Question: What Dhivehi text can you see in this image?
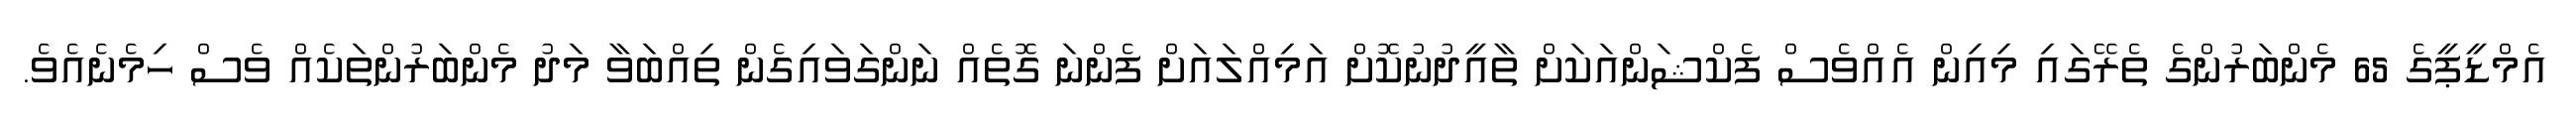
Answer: އެމްޑީޕީގެ 65 މެންބަރުންގެ ތެރޭގައި މިއިން އެއްވެސް ފެކްޝަންއަކަށް ތާއީދުނުކޮށް އަމިއްލައަށް ފެންނަ ގޮތެއް ނަންގަވައިގެން ތިއްބަވާ މަދު މެންބަރުންތަކެއް ވެސް ހިމެނެއެވެ.